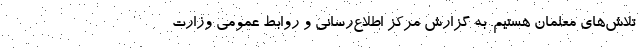
تلاش‌های معلمان هستیم. به گزارش مرکز اطلاع‌رسانی و روابط عمومی وزارت